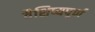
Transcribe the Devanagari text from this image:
वैशिष्यपूर्ण